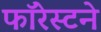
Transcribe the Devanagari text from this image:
फॉरेस्टने